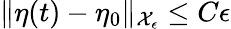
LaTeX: \| \eta(t)-\eta_{0}\| _{\mathcal{X}_{\epsilon}}\le C\epsilon